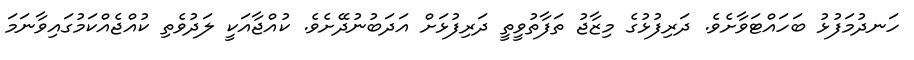
ހަނދުމަފުޅު ބަހައްޓަވާށެވެ. ދަރިފުޅުގެ މިޒާޖު ތަފާތުވީތީ ދަރިފުޅަށް އަދަބުނުދޭށެވެ. ކުއްޖާއަކީ ލަދުވެތި ކުއްޖެއްކަމުގައިވާނަމަ